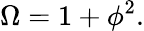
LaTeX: \Omega=1+\phi^{2}.